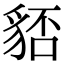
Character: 𧳏